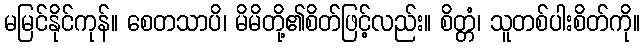
မမြင်နိုင်ကုန်။ စေတသာပိ၊ မိမိတို့၏စိတ်ဖြင့်လည်း။ စိတ္တံ၊ သူတစ်ပါးစိတ်ကို။